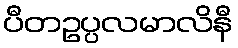
ပီတဥပ္ပလမာလိနီ